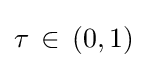
\tau \,\in \,(0,1)